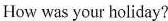
How was your holiday?